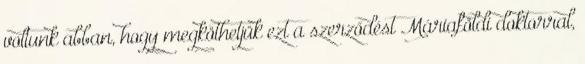
voltunk abban, hogy megköthetjük ezt a szerződést Máriaföldi doktorral,